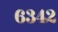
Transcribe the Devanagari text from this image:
६३४२